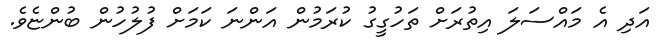
އަދި އެ މައްސަލަ އިތުރަށް ތަހުގީގު ކުރަމުން އަންނަ ކަމަށް ފުލުހުން ބުންޏެވެ.